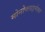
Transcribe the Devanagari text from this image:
मोनोक्लाइमेक्स